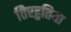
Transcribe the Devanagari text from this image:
तिरहुतिया